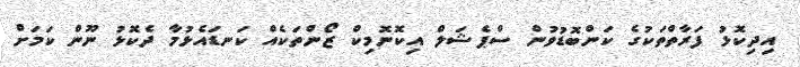
އިދިކޮޅު ފަރާތްތަކުގެ ކަންބޮޑުވުން ސްޕެޝަލް އިކޮނޮމިކް ޒޯންތަކެއް ކަނޑައެޅުމާ ދެކޮޅު ނޫން ކަމަށް